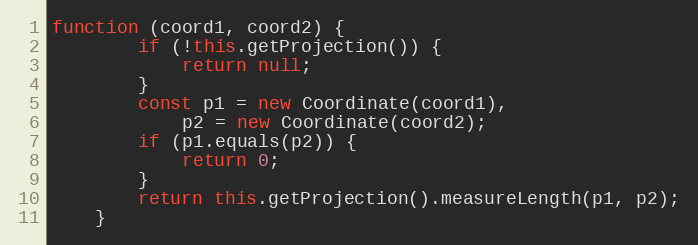
Language: JavaScript
function (coord1, coord2) {
        if (!this.getProjection()) {
            return null;
        }
        const p1 = new Coordinate(coord1),
            p2 = new Coordinate(coord2);
        if (p1.equals(p2)) {
            return 0;
        }
        return this.getProjection().measureLength(p1, p2);
    }